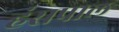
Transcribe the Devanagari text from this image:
हंसपाल